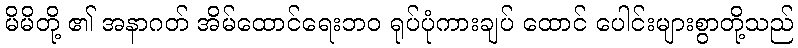
မိမိတို့ ၏ အနာဂတ် အိမ်ထောင်ရေးဘဝ ရုပ်ပုံကားချပ် ထောင် ပေါင်းများစွာတို့သည်